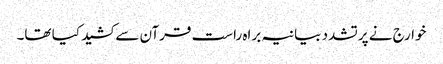
خوارج نے پرتشدد بیانیہ براہ راست قرآن سے کشید کیا تھا۔